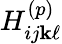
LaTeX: H_{ij\mathbf{k}\ell}^{(p)}